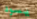
يسود